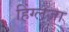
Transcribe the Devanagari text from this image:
हिंग्लजा